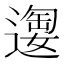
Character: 𫑂